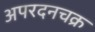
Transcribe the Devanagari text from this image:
अपरदनचक्र